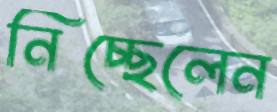
নিচ্ছেলেন